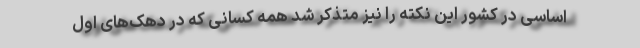
اساسی در کشور این نکته را نیز متذکر شد همه کسانی که در دهک‌های اول